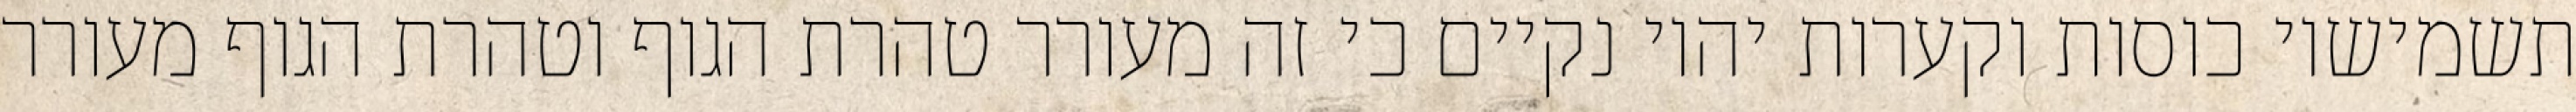
תשמישיו כוסות וקערות יהיו נקיים כי זה מעורר טהרת הגוף וטהרת הגוף מעורר